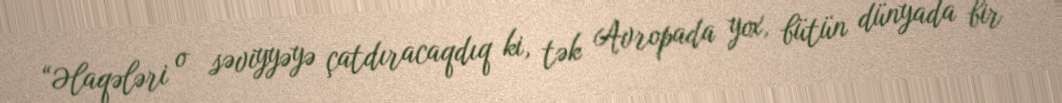
“Əlaqələri o səviyyəyə çatdıracaqdıq ki, tək Avropada yox, bütün dünyada bir